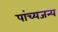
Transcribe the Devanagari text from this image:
पांच्यजन्य